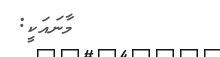
މާނައަކީ: